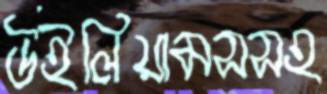
উইলিয়ামসসহ